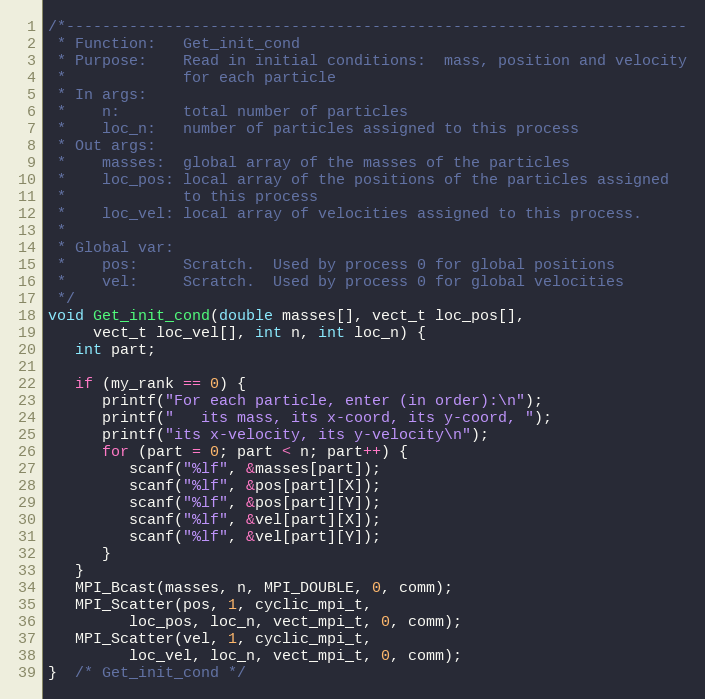
Language: C
/*---------------------------------------------------------------------
 * Function:   Get_init_cond
 * Purpose:    Read in initial conditions:  mass, position and velocity
 *             for each particle
 * In args:
 *    n:       total number of particles
 *    loc_n:   number of particles assigned to this process
 * Out args:
 *    masses:  global array of the masses of the particles
 *    loc_pos: local array of the positions of the particles assigned
 *             to this process
 *    loc_vel: local array of velocities assigned to this process.
 *
 * Global var:
 *    pos:     Scratch.  Used by process 0 for global positions
 *    vel:     Scratch.  Used by process 0 for global velocities
 */
void Get_init_cond(double masses[], vect_t loc_pos[],
     vect_t loc_vel[], int n, int loc_n) {
   int part;

   if (my_rank == 0) {
      printf("For each particle, enter (in order):\n");
      printf("   its mass, its x-coord, its y-coord, ");
      printf("its x-velocity, its y-velocity\n");
      for (part = 0; part < n; part++) {
         scanf("%lf", &masses[part]);
         scanf("%lf", &pos[part][X]);
         scanf("%lf", &pos[part][Y]);
         scanf("%lf", &vel[part][X]);
         scanf("%lf", &vel[part][Y]);
      }
   }
   MPI_Bcast(masses, n, MPI_DOUBLE, 0, comm);
   MPI_Scatter(pos, 1, cyclic_mpi_t,
         loc_pos, loc_n, vect_mpi_t, 0, comm);
   MPI_Scatter(vel, 1, cyclic_mpi_t,
         loc_vel, loc_n, vect_mpi_t, 0, comm);
}  /* Get_init_cond */